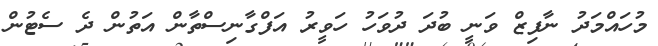
މުހައްމަދު ނާފިޒް ވަނީ ބުދަ ދުވަހު ހަވީރު އަފްގާނިސްތާން އަތުން ދެ ސެޓުން